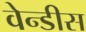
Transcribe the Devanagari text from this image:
वेन्डीस